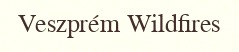
Veszprém Wildfires